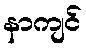
နာကျင်